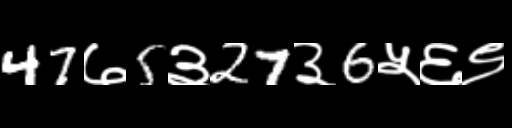
Text: 47७5३27३6५६९